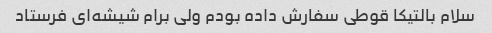
سلام بالتیکا قوطی سفارش داده بودم ولی برام شیشه‌ای فرستاد